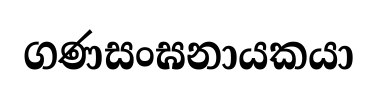
ගණසංඝනායකයා